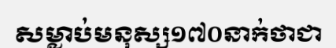
សម្លាប់មនុស្ស១៧០នាក់ថាជា